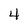
Character: 4